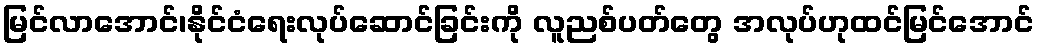
မြင်လာအောင်၊နိုင်ငံရေးလုပ်ဆောင်ခြင်းကို လူညစ်ပတ်တွေ အလုပ်ဟုထင်မြင်အောင်